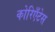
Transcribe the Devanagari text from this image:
कोरिएँटेस